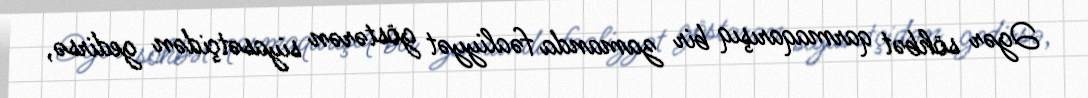
Əgər söhbət qarmaqarışıq bir zamanda fəaliyyət göstərən siyasətçidən gedirsə,